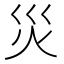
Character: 災